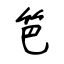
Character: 笆